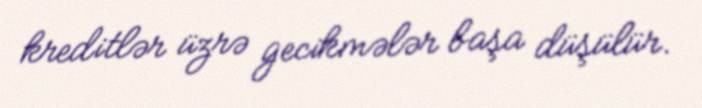
kreditlər üzrə gecikmələr başa düşülür.